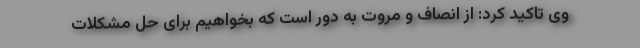
وی تاکید کرد: از انصاف و مروت به دور است که بخواهیم برای حل مشکلات